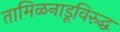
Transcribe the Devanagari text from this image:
तामिळनाडूविरुद्ध